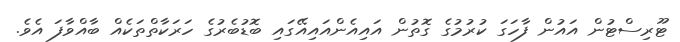
ޓޫރިސްޓުން އައުން ފާހަގަ ކުރުމުގެ ގޮތުން އައިއެންއައިއޭގައި ބޮޑުބެރުގެ ހަރަކާތްތަކެއް ބާއްވާފަ އެވެ.